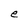
Character: e